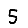
Digit: 5